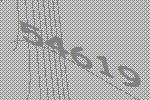
54619